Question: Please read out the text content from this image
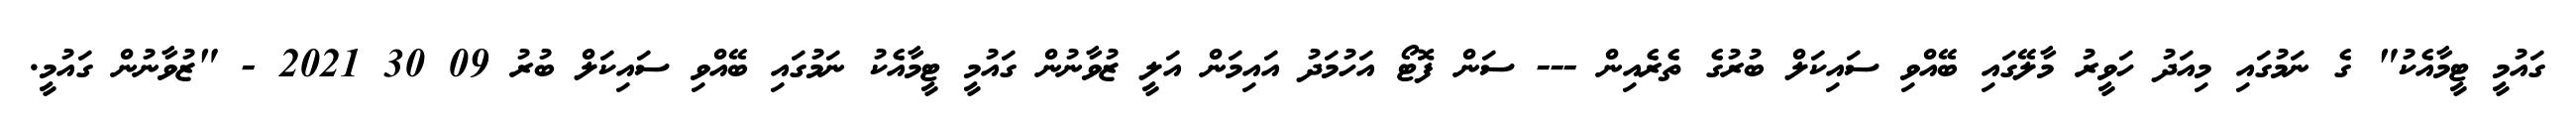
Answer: ގައުމީ ޓީމާއެކު" ގެ ނަމުގައި މިއަދު ހަވީރު މާލޭގައި ބޭއްވި ސައިކަލް ބުރުގެ ތެރެއިން --- ސަން ފޮޓޯ އަހުމަދު އައިމަން އަލީ ޒުވާނުން ގައުމީ ޓީމާއެކު ނަމުގައި ބޭއްވި ސައިކަލް ބުރު 09 30 2021 - "ޒުވާނުން ގައުމީ.